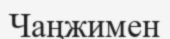
Чаңжимен